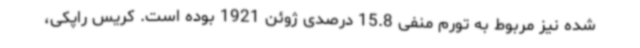
شده نیز مربوط به تورم منفی 15.8 درصدی ژوئن 1921 بوده است. کریس راپکی،